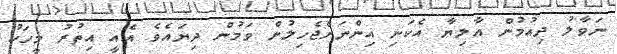
ނަވާލު ދިއުމުން އާލިޔާ އެކަނި އިންނަށްޖެހިލުން ވަމުން ދިޔައެވެ އެއީ އިތުރު މީހަކު